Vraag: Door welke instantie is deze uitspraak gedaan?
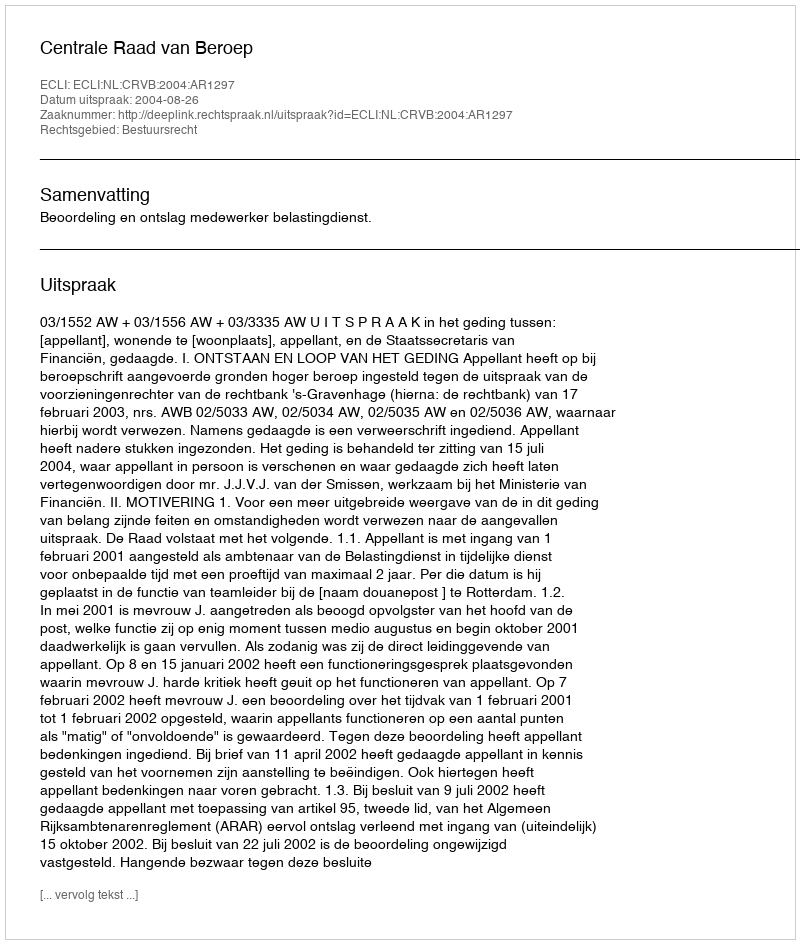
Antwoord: Centrale Raad van Beroep